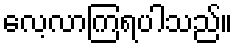
လေ့လာကြရပါသည်။